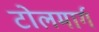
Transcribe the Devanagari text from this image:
टोलमार्ग